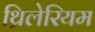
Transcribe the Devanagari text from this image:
थ्रिलेरियम